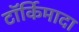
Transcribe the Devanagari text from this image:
टॉर्किमादा